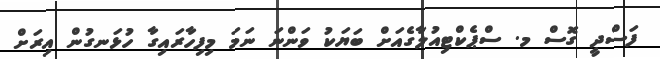
ފަސްދީ ގޮސް މ. ސްޕެކްޓިއުލާގެއަށް ބަޔަކު ވަންނަ ނަމަ މިފިހާރައިގާ ހުޅަނގުން އިރަށް